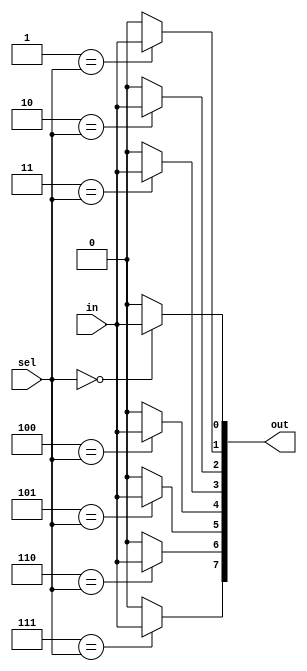
/************************************************************************
Description: 1 to 8 demux using for loop
************************************************************************/

module demux_1to8_for(
	input				in,
    input		[2:0]	sel,
	output	reg	[7:0]	out
);
	
	integer i;
	
	always@(*)
	begin
		out = 8'h00;
		for(i=0; i<8; i=i+1)
			if(i == sel)
				out[i] = in;
	end			

endmodule